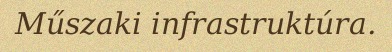
Műszaki infrastruktúra.